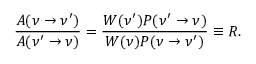
\frac { A ( \nu \to \nu ^ { \prime } ) } { A ( \nu ^ { \prime } \to \nu ) } = \frac { W ( \nu ^ { \prime } ) P ( \nu ^ { \prime } \to \nu ) } { W ( \nu ) P ( \nu \to \nu ^ { \prime } ) } \equiv R .